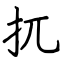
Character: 扤